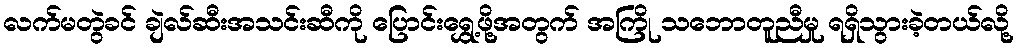
လက်မတွဲခင် ချဲလ်ဆီးအသင်းဆီကို ပြောင်းရွှေ့ဖို့အတွက် အကြို သဘောတူညီမှု ရရှိသွားခဲ့တယ်လို့